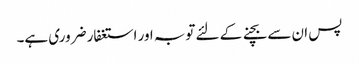
پس ان سے بچنے کے لئے توبہ اور استغفار ضروری ہے۔